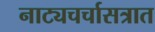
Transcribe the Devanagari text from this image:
नाट्यचर्चासत्रात